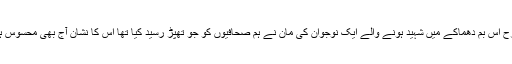
اسی طرح اس بم دھماکے میں شہید ہونے والے ایک نوجوان کی مان نے ہم صحافیوں کو جو تھپڑ رسید کیا تھا اس کا نشان آج بھی محسوس ہوتا ہے۔